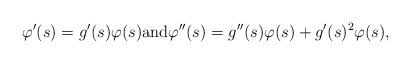
LaTeX: \begin{align*} \varphi'(s)=g'(s)\varphi(s) \mbox{and} \varphi''(s)=g''(s)\varphi(s)+g'(s)^2\varphi(s),\end{align*}